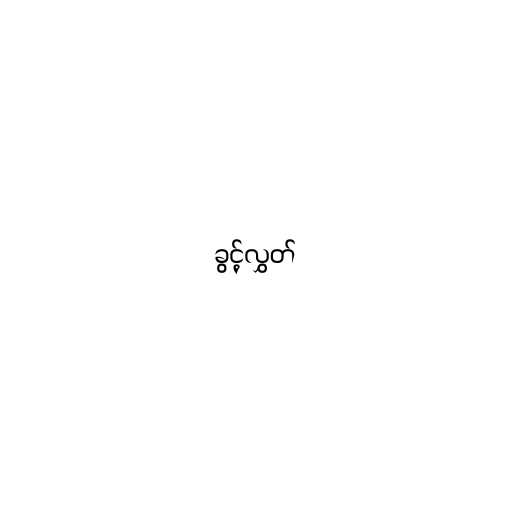
ခွင့်လွှတ်